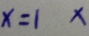
x = 1 x